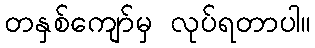
တနှစ်ကျော်မှ လုပ်ရတာပါ။